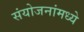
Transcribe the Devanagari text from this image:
संयोजनांमध्ये